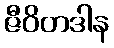
ဇီဝိတဒါန